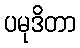
ပမုဒိတာ